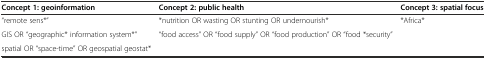
| Concept 1: geoinformation | Concept 2: public health | Concept 3: spatial focus |
 | --- | --- | --- |
 | “remote sens*” | *nutrition OR wasting OR stunting OR undernourish* | *Africa* |
 | GIS OR “geographic* information system*” | “food access” OR “food supply” OR “food production” OR “food *security” |  |
 | spatial OR “space-time” OR geospatial geostat* |  |  |